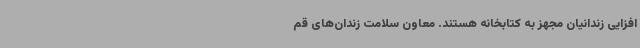
‌افزایی زندانیان مجهز به کتابخانه هستند. معاون سلامت زندان‌های قم